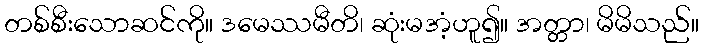
တစ်စီးသောဆင်ကို။ ဒမေဿမီတိ၊ ဆုံးမအံ့ဟူ၍။ အတ္တာ၊ မိမိသည်။